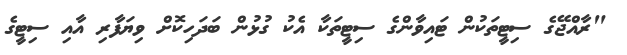
"ރާއްޖޭގެ ސިޓީތަކުން ޓައިވާންގެ ސިޓީތަކާ އެކު ގުޅުން ބަދަހިކޮށް ވިޔަފާރި އާއި ސިޓީގެ